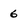
Character: 6